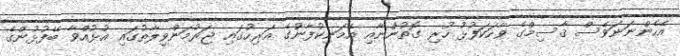
އެހެންނަނަވެސް ޤާސިމްގެ ވާހަކަފުޅު ހުރި ގޮތުންނާއި އެމަނިކުފާނުގެ އަރިހުގައި ޖަރުމަންވިލާތުގައި އުޅުއްވާ ބޭފުޅުންގެ